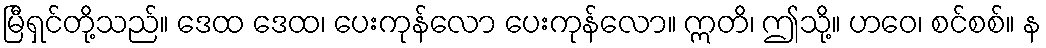
မြီရှင်တို့သည်။ ဒေထ ဒေထ၊ ပေးကုန်လော ပေးကုန်လော။ ဣတိ၊ ဤသို့။ ဟဝေ၊ စင်စစ်။ န